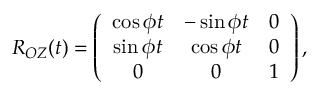
\begin{array} { r } { R _ { O Z } ( t ) = \left( \begin{array} { c c c } { \cos \phi t } & { - \sin \phi t } & { 0 } \\ { \sin \phi t } & { \cos \phi t } & { 0 } \\ { 0 } & { 0 } & { 1 } \end{array} \right) , } \end{array}